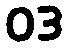
03